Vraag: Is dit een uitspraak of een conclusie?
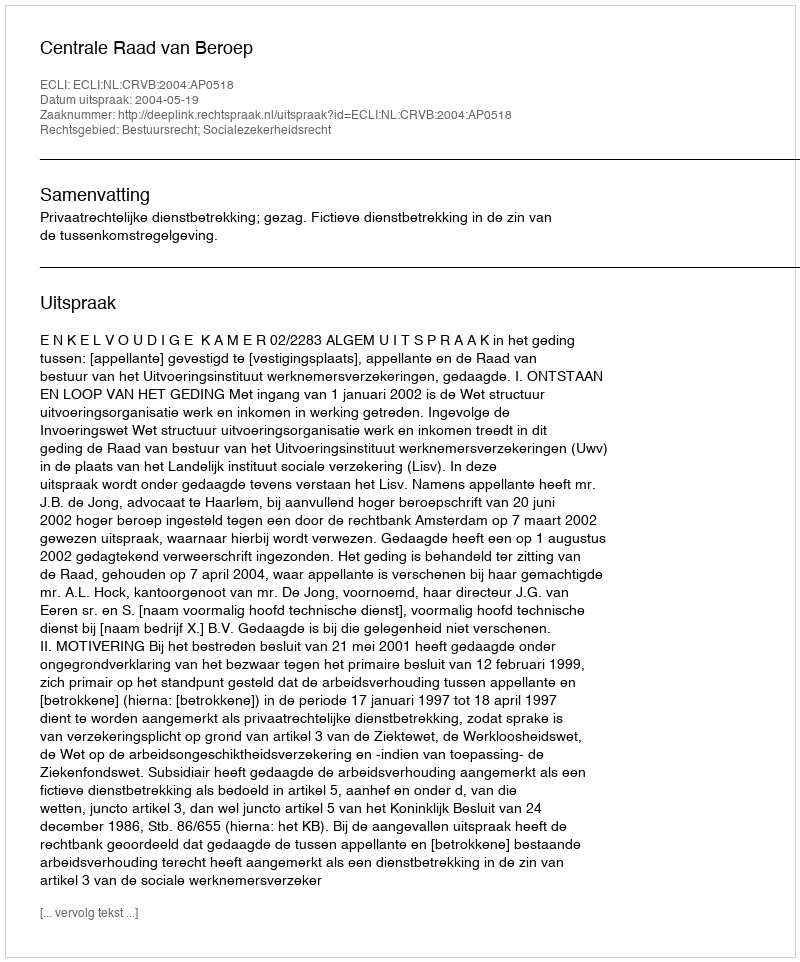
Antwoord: Uitspraak